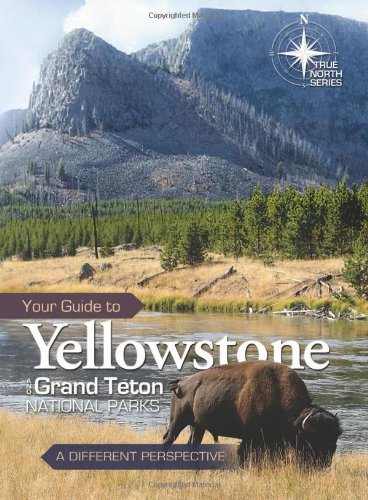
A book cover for Your Guide to Yellowstone and Grand Teton National Parks (True North Series); Dennis Bokovoy; Christian Books & Bibles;